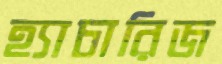
হ্যাচারিজ